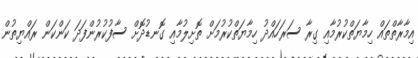
އިމާރާތްތައް ހިމާޔަތްކުރުމާއި ގިރާ ސަރަހައްދު ހިމާޔަތްކުރުމަށް ތޮށިލުމާއި ގޮނޑުދޮށް ސާފުކުރުންފަދަ ކަންކަން ރައްޔިތުން